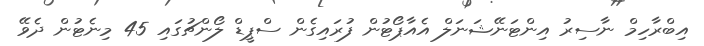
އިބްރާހިމް ނާސިރު އިންޓަނޭޝަނަލް އެއާޕޯޓުން ފުރައިގެން ސްޕީޑް ލޯންޗުގައި 45 މިނެޓުން ދެވޭ